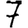
Digit: 7